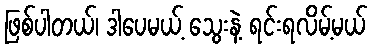
ဖြစ်ပါတယ်၊ ဒါပေမယ့် သွေးနဲ့ ရင်းရလိမ့်မယ်